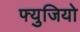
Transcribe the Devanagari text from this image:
फ्युजियो